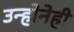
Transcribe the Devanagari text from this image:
उन्होनेही